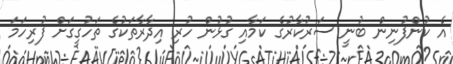
އެ ކުންފުނިން ބުނީ ސަރުކާރުގެ ކަމާއި ގުޅުން ހުރި އިދާރާތަކުގެ ތަހުގީގަށް ފުރިހަމަ